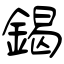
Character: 鍻